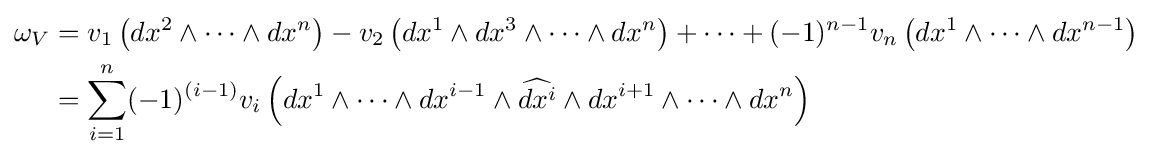
{\begin{aligned}\omega _{V}&=v_{1}\left(dx^{2}\wedge \cdots \wedge dx^{n}\right)-v_{2}\left(dx^{1}\wedge dx^{3}\wedge \cdots \wedge dx^{n}\right)+\cdots +(-1)^{n-1}v_{n}\left(dx^{1}\wedge \cdots \wedge dx^{n-1}\right)\\&=\sum _{i=1}^{n}(-1)^{(i-1)}v_{i}\left(dx^{1}\wedge \cdots \wedge dx^{i-1}\wedge {\widehat {dx^{i}}}\wedge dx^{i+1}\wedge \cdots \wedge dx^{n}\right)\end{aligned}}